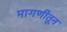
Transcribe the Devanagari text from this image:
मागणीतून